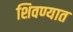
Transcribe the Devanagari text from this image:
शिवण्यात